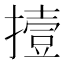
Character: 撎